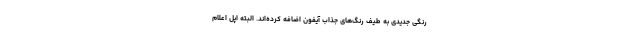
رنگی جدیدی به طیف رنگ‌های جذاب آیفون اضافه کرده‌اند. البته اپل اعلام